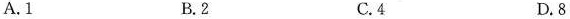
A.1 B.2 C.4 D.8